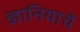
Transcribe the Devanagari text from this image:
ज्ञानियाचें